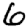
Digit: 6